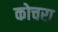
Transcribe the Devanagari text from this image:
कोचरा